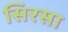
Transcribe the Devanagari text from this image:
सिरसा